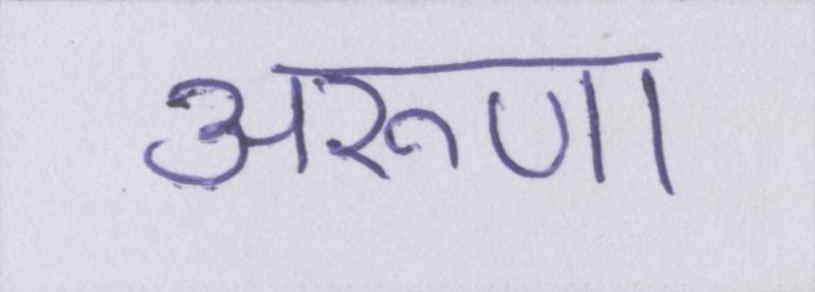
अरूणा